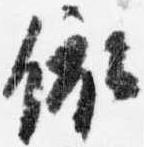
依